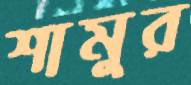
শামুর